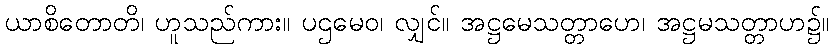
ယာစိတောတိ၊ ဟူသည်ကား။ ပဌမေဝ၊ လျှင်။ အဋ္ဌမေသတ္တာဟေ၊ အဋ္ဌမသတ္တာဟ၌။